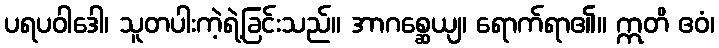
ပရပဝါဒေါ၊ သူတပါးကဲ့ရဲ့ခြင်းသည်။ အာဂစ္ဆေယျ၊ ရောက်ရာ၏။ ဣတိ ဧဝံ၊